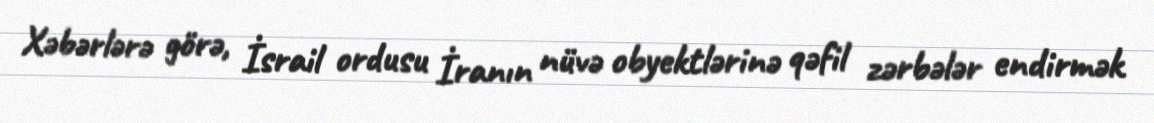
Xəbərlərə görə, İsrail ordusu İranın nüvə obyektlərinə qəfil zərbələr endirmək